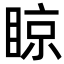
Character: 䁁